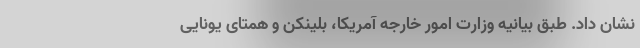
نشان داد. طبق بیانیه وزارت امور خارجه آمریکا، بلینکن و همتای یونایی